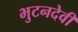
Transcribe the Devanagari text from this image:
भुटनदेवी